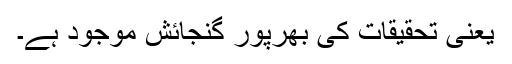
یعنی تحقیقات کی بھرپور گنجائش موجود ہے۔